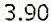
3.90